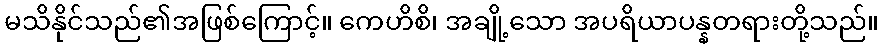
မသိနိုင်သည်၏အဖြစ်ကြောင့်။ ကေဟိစိ၊ အချို့သော အပရိယာပန္နတရားတို့သည်။